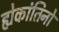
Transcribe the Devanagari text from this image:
ह्येकांतिनो